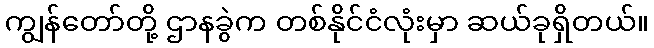
ကျွန်တော်တို့ ဌာနခွဲက တစ်နိုင်ငံလုံးမှာ ဆယ်ခုရှိတယ်။